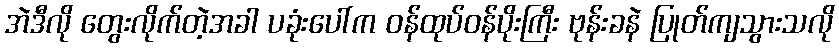
အဲဒီလို တွေးလိုက်တဲ့အခါ ပခုံးပေါ်က ဝန်ထုပ်ဝန်ပိုးကြီး ဗုန်းခနဲ ပြုတ်ကျသွားသလို